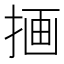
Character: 𫽇